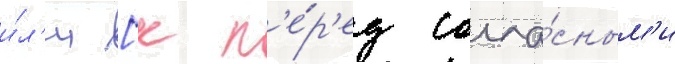
и́л'и [к п'е́р'ед согла́сным'и